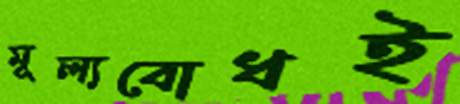
মূল্যবোধই